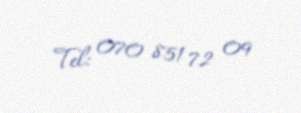
Tel: 070 851 72 09